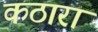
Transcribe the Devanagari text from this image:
कठारा